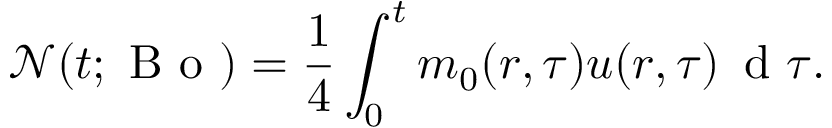
\mathcal { N } ( t ; \mathrm { ~ B ~ o ~ } ) = \frac { 1 } { 4 } \int _ { 0 } ^ { t } m _ { 0 } ( r , \tau ) u ( r , \tau ) \, \mathrm { ~ d ~ } \tau .